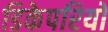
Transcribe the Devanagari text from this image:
डिकेपरियो